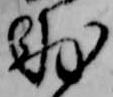
氷